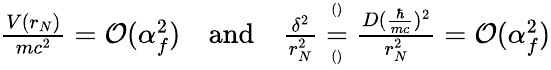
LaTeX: \begin{array}{r}{\frac{V(r_{N})}{mc^{2}}=\mathcal O(\alpha_{f}^{2})\quad\textrm{and}\quad\frac{\delta^{2}}{r_{N}^{2}}\overset{^{()}}{\underset{^{()}}{=}}\frac{D(\frac{\hbar}{mc})^{2}}{r_{N}^{2}}=\mathcal O(\alpha_{f}^{2})}\end{array}